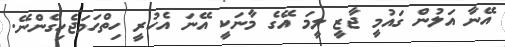
އޭނާ އަލުން ގައުމީ ޖާޒީ ލީމަ އޭގެ މާނަކީ އޭނަ އެހުރީ ހިތްހަމަޖެހިގެންނޭ.